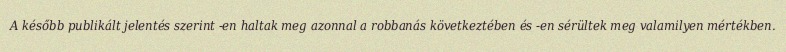
A később publikált jelentés szerint -en haltak meg azonnal a robbanás következtében és -en sérültek meg valamilyen mértékben.